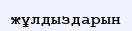
жұлдыздарын